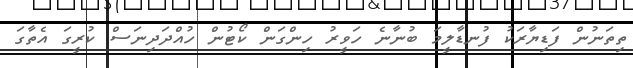
ތިތަނުން ފަޑިޔާރަކު ފުނޑާލީމަ ބުނާނެ ހަވީރު ހިންގަން ކޯޓުން ހުއްދަދިނަސް ކުރީގަ އެތާގަ